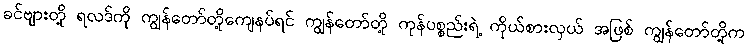
ခင်ဗျားတို့ ရလဒ်ကို ကျွန်တော်တို့ကျေနပ်ရင် ကျွန်တော်တို့ ကုန်ပစ္စည်းရဲ့ ကိုယ်စားလှယ် အဖြစ် ကျွန်တော်တို့က